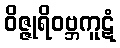
ဝိဇ္ဇုရိဝဗ္ဘကူဋံ